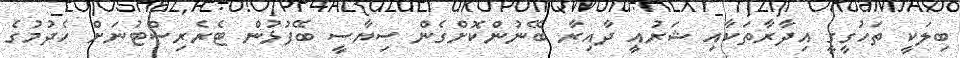
ބިލަކީ ތަހުގީގީ އިދާރާތަކާއި ޝަރުއީ ދާއިރާ ބޭނުންކޮށްގެން ސިޔާސީ ބޭފުޅުން ޓެރެރިސްޓުނަށް ހެދުމުގެ